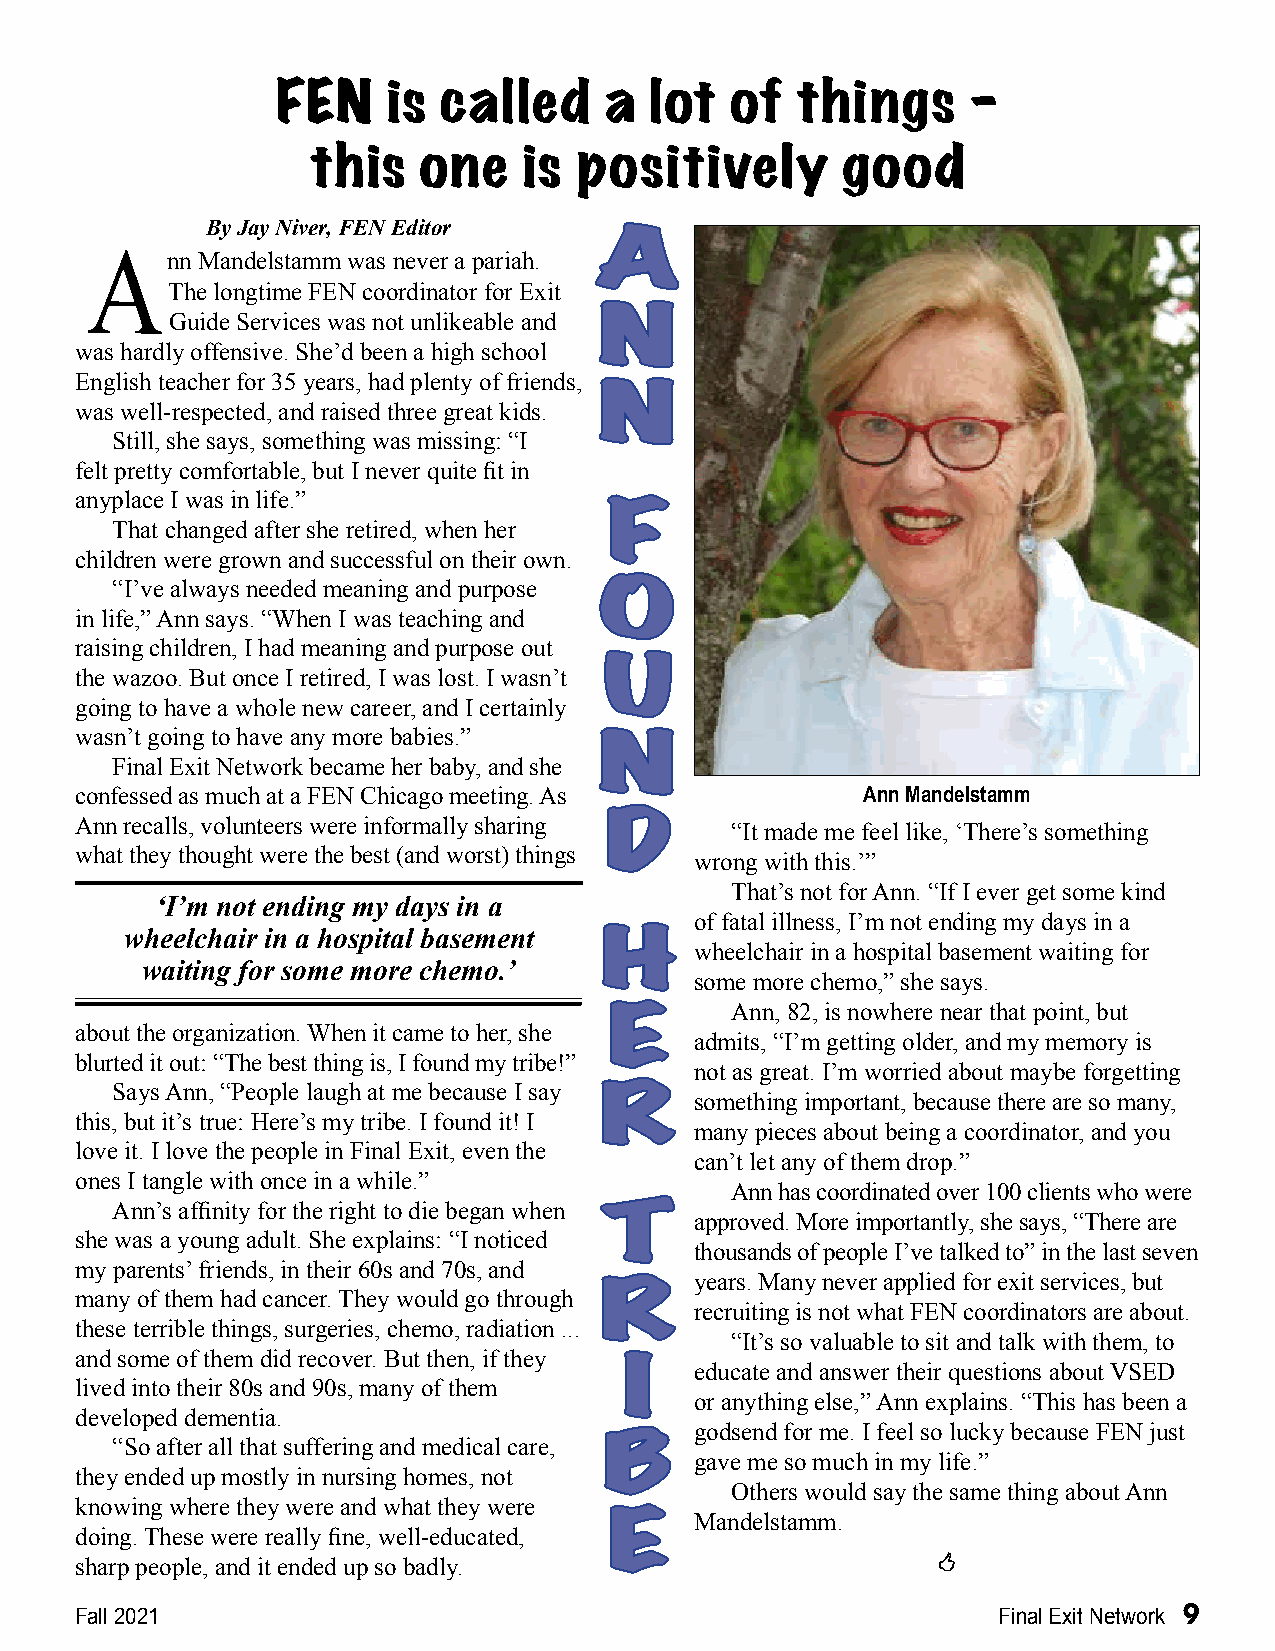
FEN     is called     a  lot  of   things     –
 this    one    is positively        good
 By Jay Niver, FEN Editor
 AA
 A    nn Mandelstamm was never a pariah.
 The longtime FEN coordinator for Exit
 Guide Services was not unlikeable and NN
 was hardly offensive. She’d been a high school
 English teacher for 35 years, had plenty of friends,
 NN
 was well-respected, and raised three great kids.
 Still, she says, something was missing: “I
 felt pretty comfortable, but I never quite fit in
 anyplace I was in life.”
 FF
 That changed after she retired, when her
 children were grown and successful on their own.
 “I’ve always needed meaning and purpose
 OO
 in life,” Ann says. “When I was teaching and
 raising children, I had meaning and purpose out
 the wazoo. But once I retired, I was lost. I wasn’t UU
 going to have a whole new career, and I certainly
 wasn’t going to have any more babies.”
 NN
 Final Exit Network became her baby, and she
 confessed as much at a FEN Chicago meeting. As      Ann Mandelstamm
 Ann recalls, volunteers were informally sharing DD “It made me feel like, ‘There’s something
 what they thought were the best (and worst) things
 wrong with this.’”
 That’s not for Ann. “If I ever get some kind
 ‘I’m not ending my days in a
 of fatal illness, I’m not ending my days in a
 wheelchair in a hospital basement
 HH    wheelchair in a hospital basement waiting for
 waiting for some more chemo.’
 some more chemo,” she says.
 Ann, 82, is nowhere near that point, but
 EE
 about the organization. When it came to her, she
 admits, “I’m getting older, and my memory is
 blurted it out: “The best thing is, I found my tribe!”
 not as great. I’m worried about maybe forgetting
 Says Ann, “People laugh at me because I say
 RR    something important, because there are so many,
 this, but it’s true: Here’s my tribe. I found it! I
 many pieces about being a coordinator, and you
 love it. I love the people in Final Exit, even the
 can’t let any of them drop.”
 ones I tangle with once in a while.”
 Ann has coordinated over 100 clients who were
 Ann’s affinity for the right to die began when
 TT    approved. More importantly, she says, “There are
 she was a young adult. She explains: “I noticed
 thousands of people I’ve talked to” in the last seven
 my parents’ friends, in their 60s and 70s, and
 years. Many never applied for exit services, but
 many of them had cancer. They would go through RR
 recruiting is not what FEN coordinators are about.
 these terrible things, surgeries, chemo, radiation ...
 “It’s so valuable to sit and talk with them, to
 and some of them did recover. But then, if they
 II   educate and answer their questions about VSED
 lived into their 80s and 90s, many of them
 or anything else,” Ann explains. “This has been a
 developed dementia.
 godsend for me. I feel so lucky because FEN just
 “So after all that suffering and medical care,
 BB
 gave me so much in my life.”
 they ended up mostly in nursing homes, not
 Others would say the same thing about Ann
 knowing where they were and what they were
 Mandelstamm.
 doing. These were really fine, well-educated, EE
 sharp people, and it ended up so badly.                  
 Fall 2021                                                    Final Exit Network 9